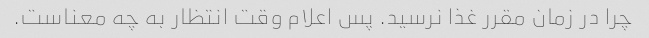
چرا در زمان مقرر غذا نرسید. پس اعلام وقت انتظار به چه معناست.